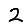
Digit: 2